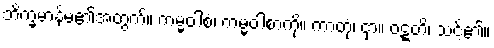
ဘိက္ခမာန်မ၏အတွက်။ ကမ္မဝါစံ၊ ကမ္မဝါစာကို။ ကာတုံ၊ ငှာ။ ဝဋ္ဋတိ၊ သင့်၏။